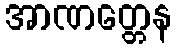
အာဏတ္တေန